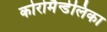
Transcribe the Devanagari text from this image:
कोरोमैन्डेलिका